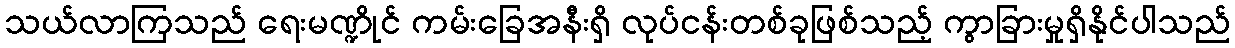
သယ်လာကြသည် ရေးမဏ္ဍိုင် ကမ်းခြေအနီးရှိ လုပ်ငန်းတစ်ခုဖြစ်သည့် ကွာခြားမှုရှိနိုင်ပါသည်